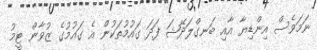
ނަމަވެސް އިންޑިޔާ އާއި ބަނގްލަދޭޝަ ފަދަ ގައުމުތަކުން އެ ގައުމުގެ ޒުވާން ޓީމު